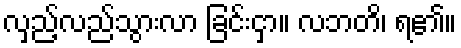
လှည့်လည်သွားလာ ခြင်းငှာ။ လဘတိ၊ ရ၏။